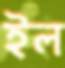
ইল